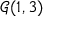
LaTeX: { \mathcal { G } } ( 1 , 3 )